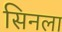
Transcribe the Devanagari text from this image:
सिनला